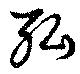
弘